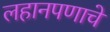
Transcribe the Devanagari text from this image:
लहानपणाचे